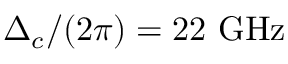
\Delta _ { c } / ( 2 \pi ) = 2 2 ~ \mathrm { G H z }